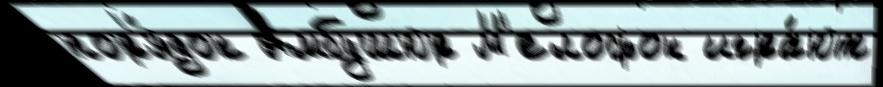
пор'я́док Амбушюр М'елофон игра́ют